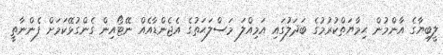
ލީބިޔާގެ އާންމުން ޙިމާޔަތްކުރުމުގެ ބަދަލުގައި އަމިއްލަ މަސްލަޙަތުގެ އެޖެންޑާއެއް ނޭޓޯއިން ގެންގުޅޭކަމަށް ފެންނާތީ